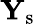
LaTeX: {\mathbf Y}_{\mathrm{s}}